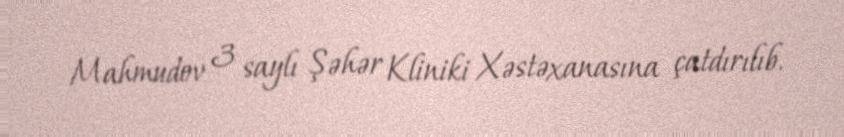
Mahmudov 3 saylı Şəhər Kliniki Xəstəxanasına çatdırılıb.